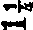
1¼